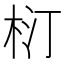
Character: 𣐘